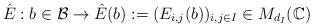
LaTeX: \begin{align*}\hat{E}: b\in \mathcal{B}\to\hat{E}(b) :=(E_{i,j }(b))_{i,j\in I}\in M_{d_{I}}(\mathbb{C})\end{align*}